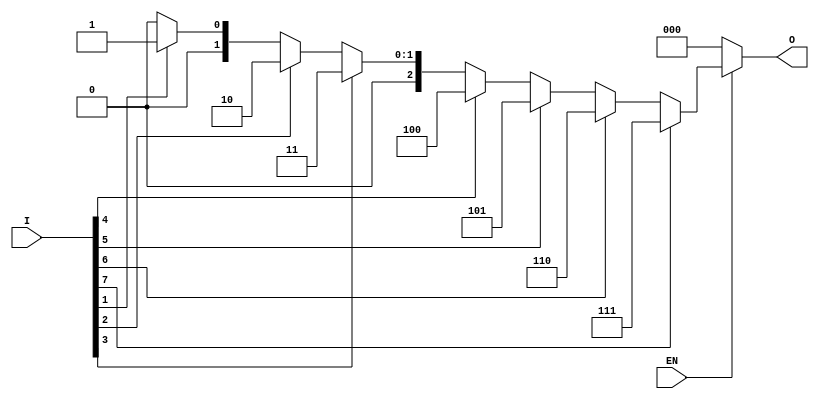
module multilevel_encoder (
    input wire [7:0] I,   // 8 input lines (I0 to I7)
    input wire EN,        // Enable signal
    output reg [2:0] O    // 3 output lines (O0 to O2)
);

    always @(*) begin
        if (!EN) begin
            O = 3'b000; // If EN is low, output is set to zero
        end else begin
            case (1'b1) // Check for the highest priority active input
                I[7]: O = 3'b111; // If I7 is active
                I[6]: O = 3'b110; // If I6 is active
                I[5]: O = 3'b101; // If I5 is active
                I[4]: O = 3'b100; // If I4 is active
                I[3]: O = 3'b011; // If I3 is active
                I[2]: O = 3'b010; // If I2 is active
                I[1]: O = 3'b001; // If I1 is active
                I[0]: O = 3'b000; // If I0 is active
                default: O = 3'b000; // Default case (no active inputs)
            endcase
        end
    end

endmodule